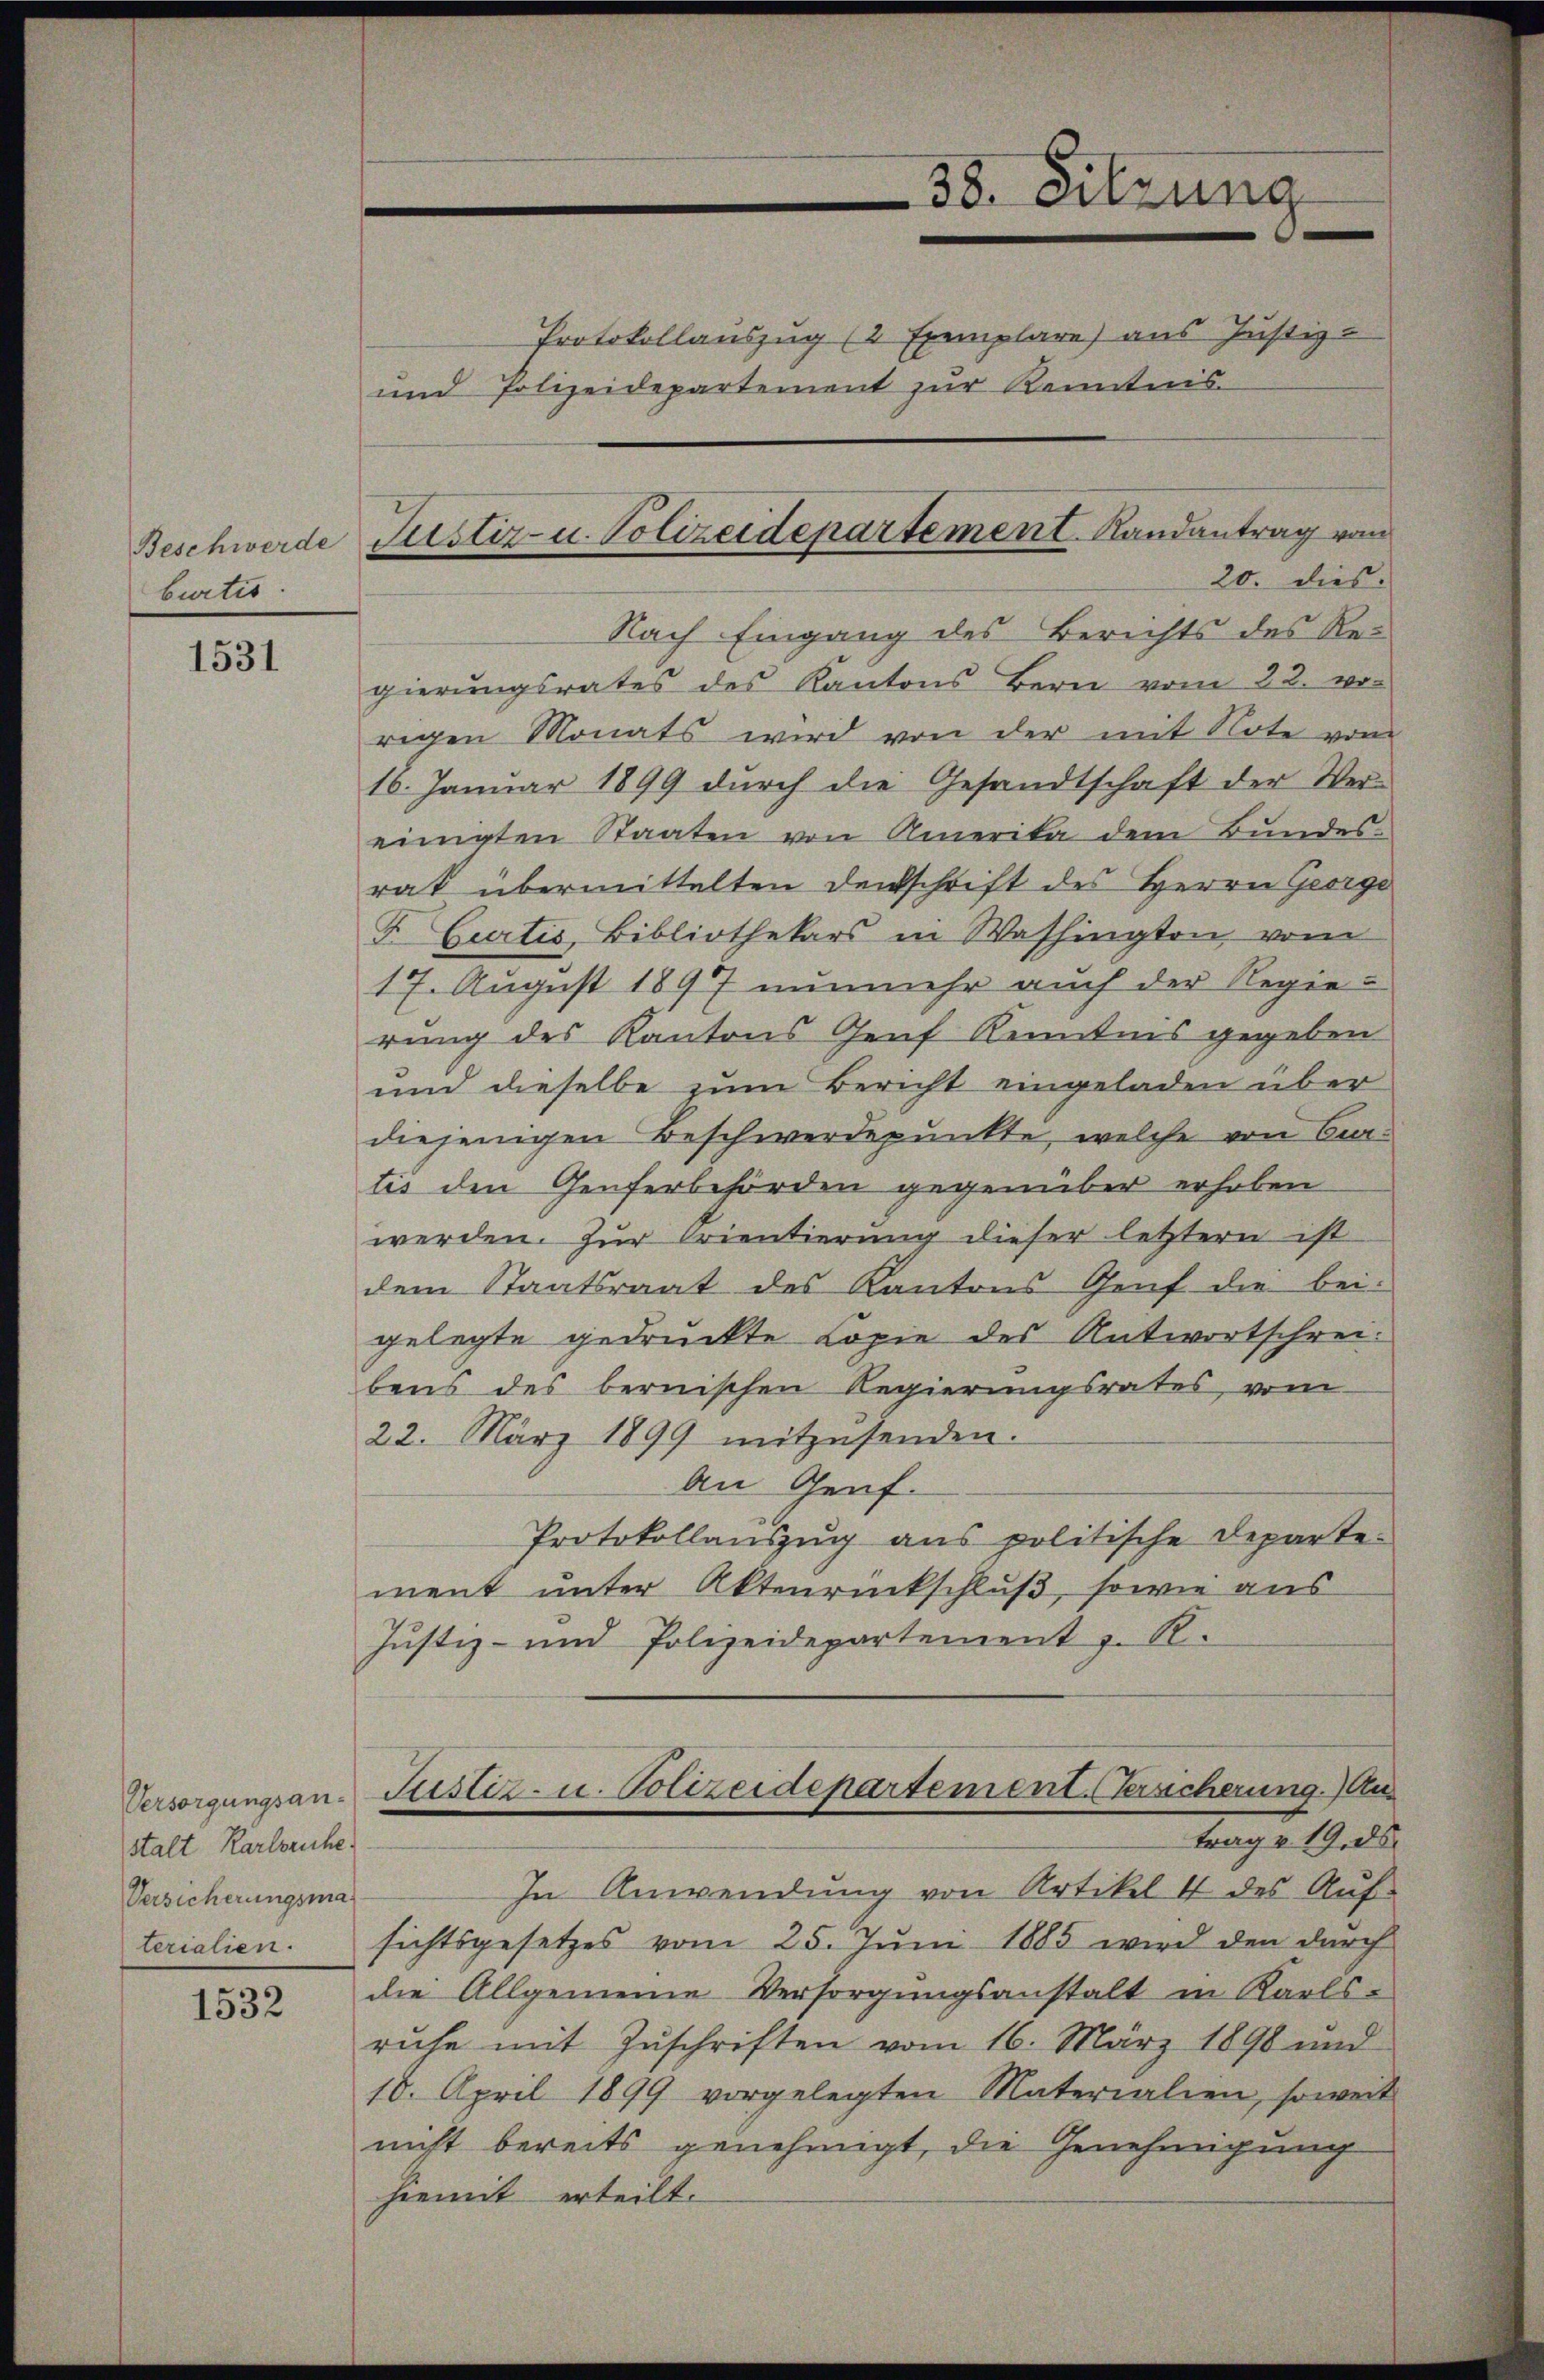
Beschwerde
burtis

1531

Versorgungsanstalt Karlsruhe.
Versicherungsma
terialien.

1532

Protokollauszug (2 Exemplare) aus Justiz-
und Polizeidepartement zur Kenntnis
20. dies
Nach Eingang des Berichts des Regierŭngsrates des Kantons Bern vom 22. vo
rigen Monats wird von der mit Note vom
16. Januar 1899 durch die Gesandtschaft der Ver-
einigten Staaten von Amerika dem Bundesrat übermittelten Denkschrift des Herrn George
F. Curtis, Bibliothekars in Washington, vom
17. August 1897 nunmehr auch der Regie-
rung des Kantons Genf Kenntnis gegeben
und dieselbe zum Bericht eingeladen über
diejenigen Beschwerdepunkte, welche von Citis den Genferbehörden gegenüber erhoben
werden. Zur Orientierung dieser letztern ist
dem Staatsraat des Kantons Genf die bei-
gelegte gedruckte Copie des Antwortschreibens des bernischen Regierungsrates vom
22. März 1899 mitzŭsenden.
An Genf.
Protokollauszug aus politische Departe-
ment unter Aktenrückschluß, sowie aus
Justiz- und Polizeidepartement z. R.
Justiz- u. Polizeidepartement. (Versicherung. Au
trage 19. ds.
In Anwendung von Artikel 4 des Auf-
sichtsgesetzes vom 25. Jŭni 1885 wird den dŭrch
die Allgemeine Versorgungsanstalt in Karls-
ruhe mit Zuschriften vom 16. März 1898 und
10. April 1899 vorgelegten Materialien, soweit
nicht bereits genehmigt, die Genehmigung
hiemit erteilt.

38. Sitzung

Justiz- u. Polizeidepartement Randantrag vom